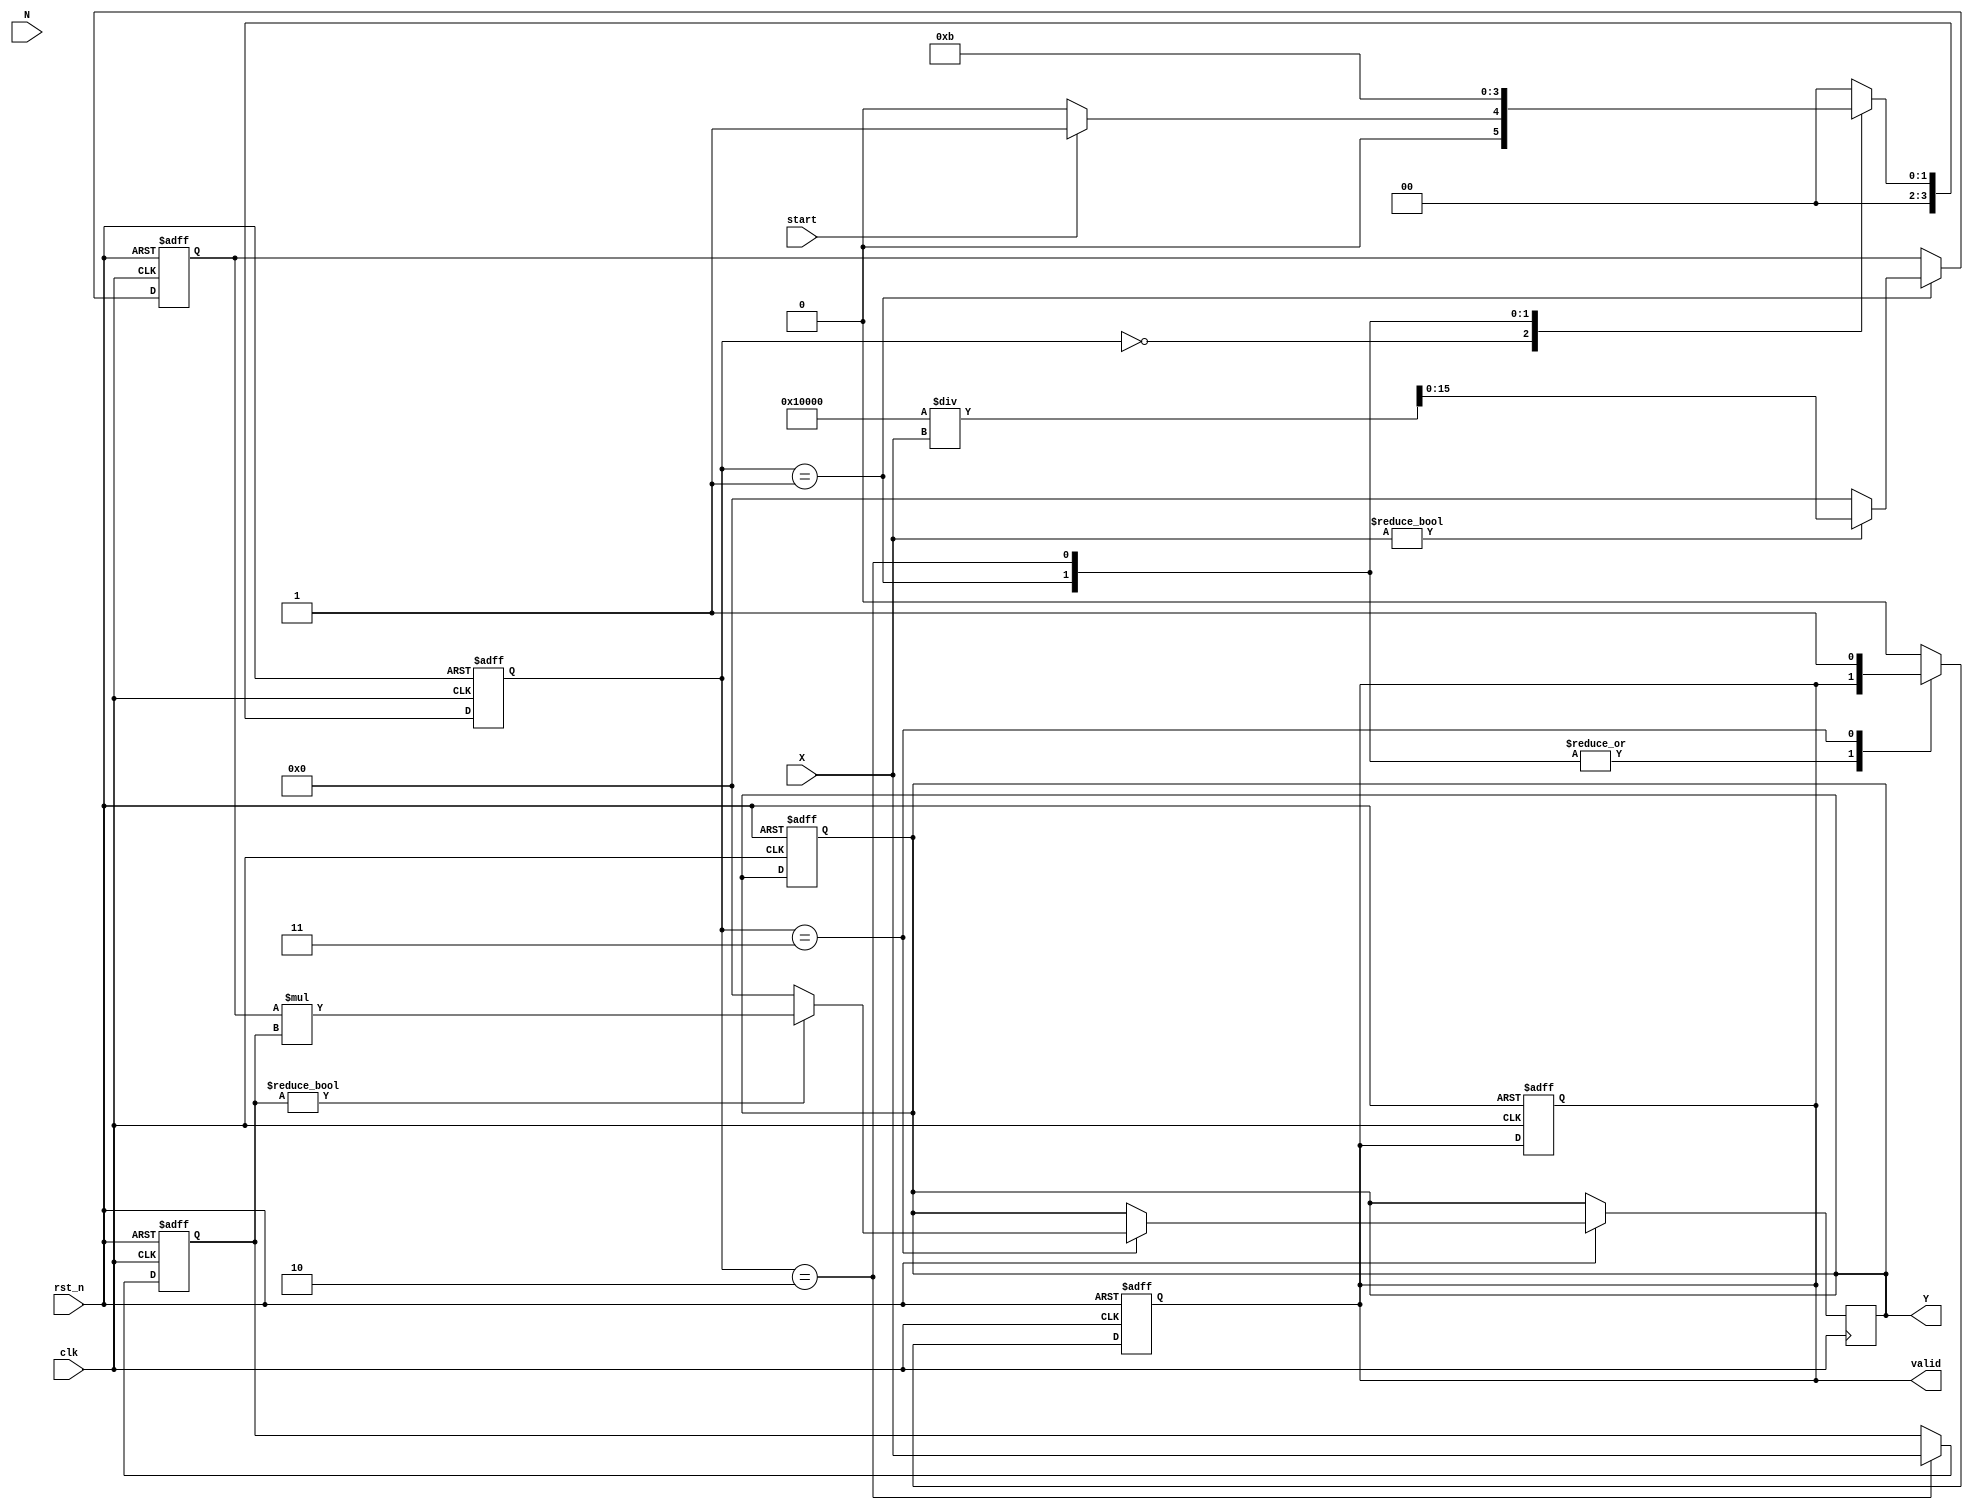
module fractional_order_reciprocal #(
    parameter DATA_WIDTH = 16, // Width of input data
    parameter FRACTIONAL_ORDER_WIDTH = 8 // Width of fractional order
)(
    input wire clk, // Clock signal
    input wire rst_n, // Active low reset
    input wire start, // Start signal for computation
    input wire [DATA_WIDTH-1:0] X, // Input data
    input wire [FRACTIONAL_ORDER_WIDTH-1:0] N, // Fractional order
    output reg [DATA_WIDTH-1:0] Y, // Output data
    output reg valid // Output valid signal
);

    reg [DATA_WIDTH-1:0] reciprocal; // Intermediate reciprocal value
    reg [DATA_WIDTH-1:0] X_power; // X raised to the power of N
    reg [3:0] state; // State variable for FSM
    reg [3:0] next_state; // Next state variable for FSM

    // State encoding
    localparam IDLE = 4'b0000,
               CALC_RECIPROCAL = 4'b0001,
               CALC_POWER = 4'b0010,
               OUTPUT = 4'b0011;

    // FSM for controlling the operation
    always @(posedge clk or negedge rst_n) begin
        if (!rst_n) begin
            state <= IDLE;
            valid <= 0;
            Y <= 0;
        end else begin
            state <= next_state;
        end
    end

    // Next state logic
    always @(*) begin
        case (state)
            IDLE: begin
                if (start) begin
                    next_state = CALC_RECIPROCAL;
                end else begin
                    next_state = IDLE;
                end
            end
            CALC_RECIPROCAL: begin
                next_state = CALC_POWER;
            end
            CALC_POWER: begin
                next_state = OUTPUT;
            end
            OUTPUT: begin
                next_state = IDLE;
            end
            default: next_state = IDLE;
        endcase
    end

    // Calculation logic
    always @(posedge clk or negedge rst_n) begin
        if (!rst_n) begin
            reciprocal <= 0;
            X_power <= 0;
            valid <= 0;
        end else begin
            case (state)
                CALC_RECIPROCAL: begin
                    // Simple reciprocal calculation
                    if (X != 0) begin
                        reciprocal <= (1 << DATA_WIDTH) / X; // 1 / X
                    end else begin
                        reciprocal <= 0; // Handle division by zero
                    end
                end
                CALC_POWER: begin
                    // Calculate X^N using a simple method (e.g., integer exponentiation)
                    // This is a placeholder for actual fractional exponent handling
                    // For simplicity, we assume N is an integer here
                    X_power <= X; // Placeholder for X^N calculation
                    // You can implement a more complex method for fractional powers
                end
                OUTPUT: begin
                    // Final output calculation
                    if (X_power != 0) begin
                        Y <= reciprocal * X_power; // Y = 1 / (X^N)
                    end else begin
                        Y <= 0; // Handle division by zero
                    end
                    valid <= 1; // Indicate output is valid
                end
                default: begin
                    valid <= 0;
                end
            endcase
        end
    end

endmodule